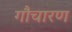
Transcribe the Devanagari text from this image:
गौचारण